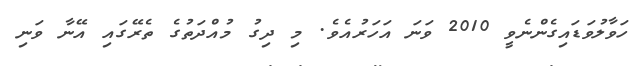
ހަވާލުވަޑައިގެންނެވީ 2010 ވަނަ އަހަރުއެވެ. މި ދިގު މުއްދަތުގެ ތެރޭގައި އޭނާ ވަނި